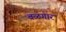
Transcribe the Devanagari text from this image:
बळगार